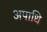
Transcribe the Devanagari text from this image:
अपाधि